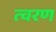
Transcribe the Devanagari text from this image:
त्‍वरण